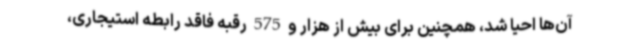
آن‌ها احیا شد، همچنین برای بیش از هزار و 575 رقبه فاقد رابطه استیجاری،